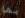
بها